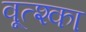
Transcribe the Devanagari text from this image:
वूत्श्का